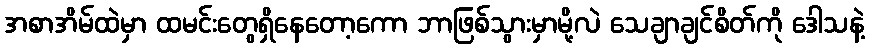
အစာအိမ်ထဲမှာ ထမင်းတွေရှိနေတော့ကော ဘာဖြစ်သွားမှာမို့လဲ သေချာချင်စိတ်ကို ဒေါသနဲ့